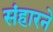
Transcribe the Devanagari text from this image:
संहारने